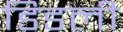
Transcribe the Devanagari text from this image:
डिडली